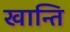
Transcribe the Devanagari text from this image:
खान्ति